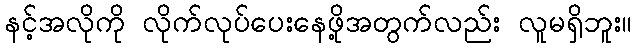
နင့်အလိုကို လိုက်လုပ်ပေးနေဖို့အတွက်လည်း လူမရှိဘူး။